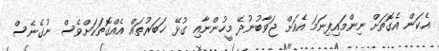
އެކަން އެގޮތަށް ނިންމައިފިނަމަ އެއަށް ޖަވާބުނުދޭ މީހުންނާއި ގުޅޭ ޚަބަރުތައް އެއްގޮތަކަށްވެސް ނުގެނެސް